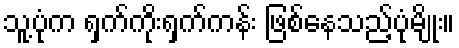
သူ့ပုံက ရှက်ကိုးရှက်ကန်း ဖြစ်နေသည့်ပုံမျိုး။